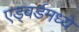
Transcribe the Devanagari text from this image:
एड्वर्डमध्ये